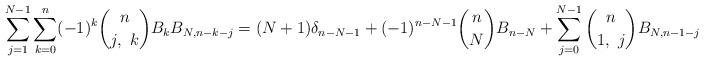
LaTeX: \begin{align*}\sum_{j=1}^{N-1}\sum_{k=0}^n (-1)^k \binom{n}{j, \ k} B_kB_{N,n-k-j} = (N+1)\delta_{n-N-1} +(-1)^{n-N-1} \binom{n}{N}B_{n-N} + \sum_{j=0}^{N-1} \binom{n}{1, \ j} B_{N,n-1-j} \end{align*}